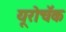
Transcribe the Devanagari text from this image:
यूरोचॅक